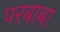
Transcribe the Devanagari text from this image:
परबाबा